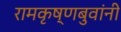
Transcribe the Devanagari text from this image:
रामकृष्णबुवांनी